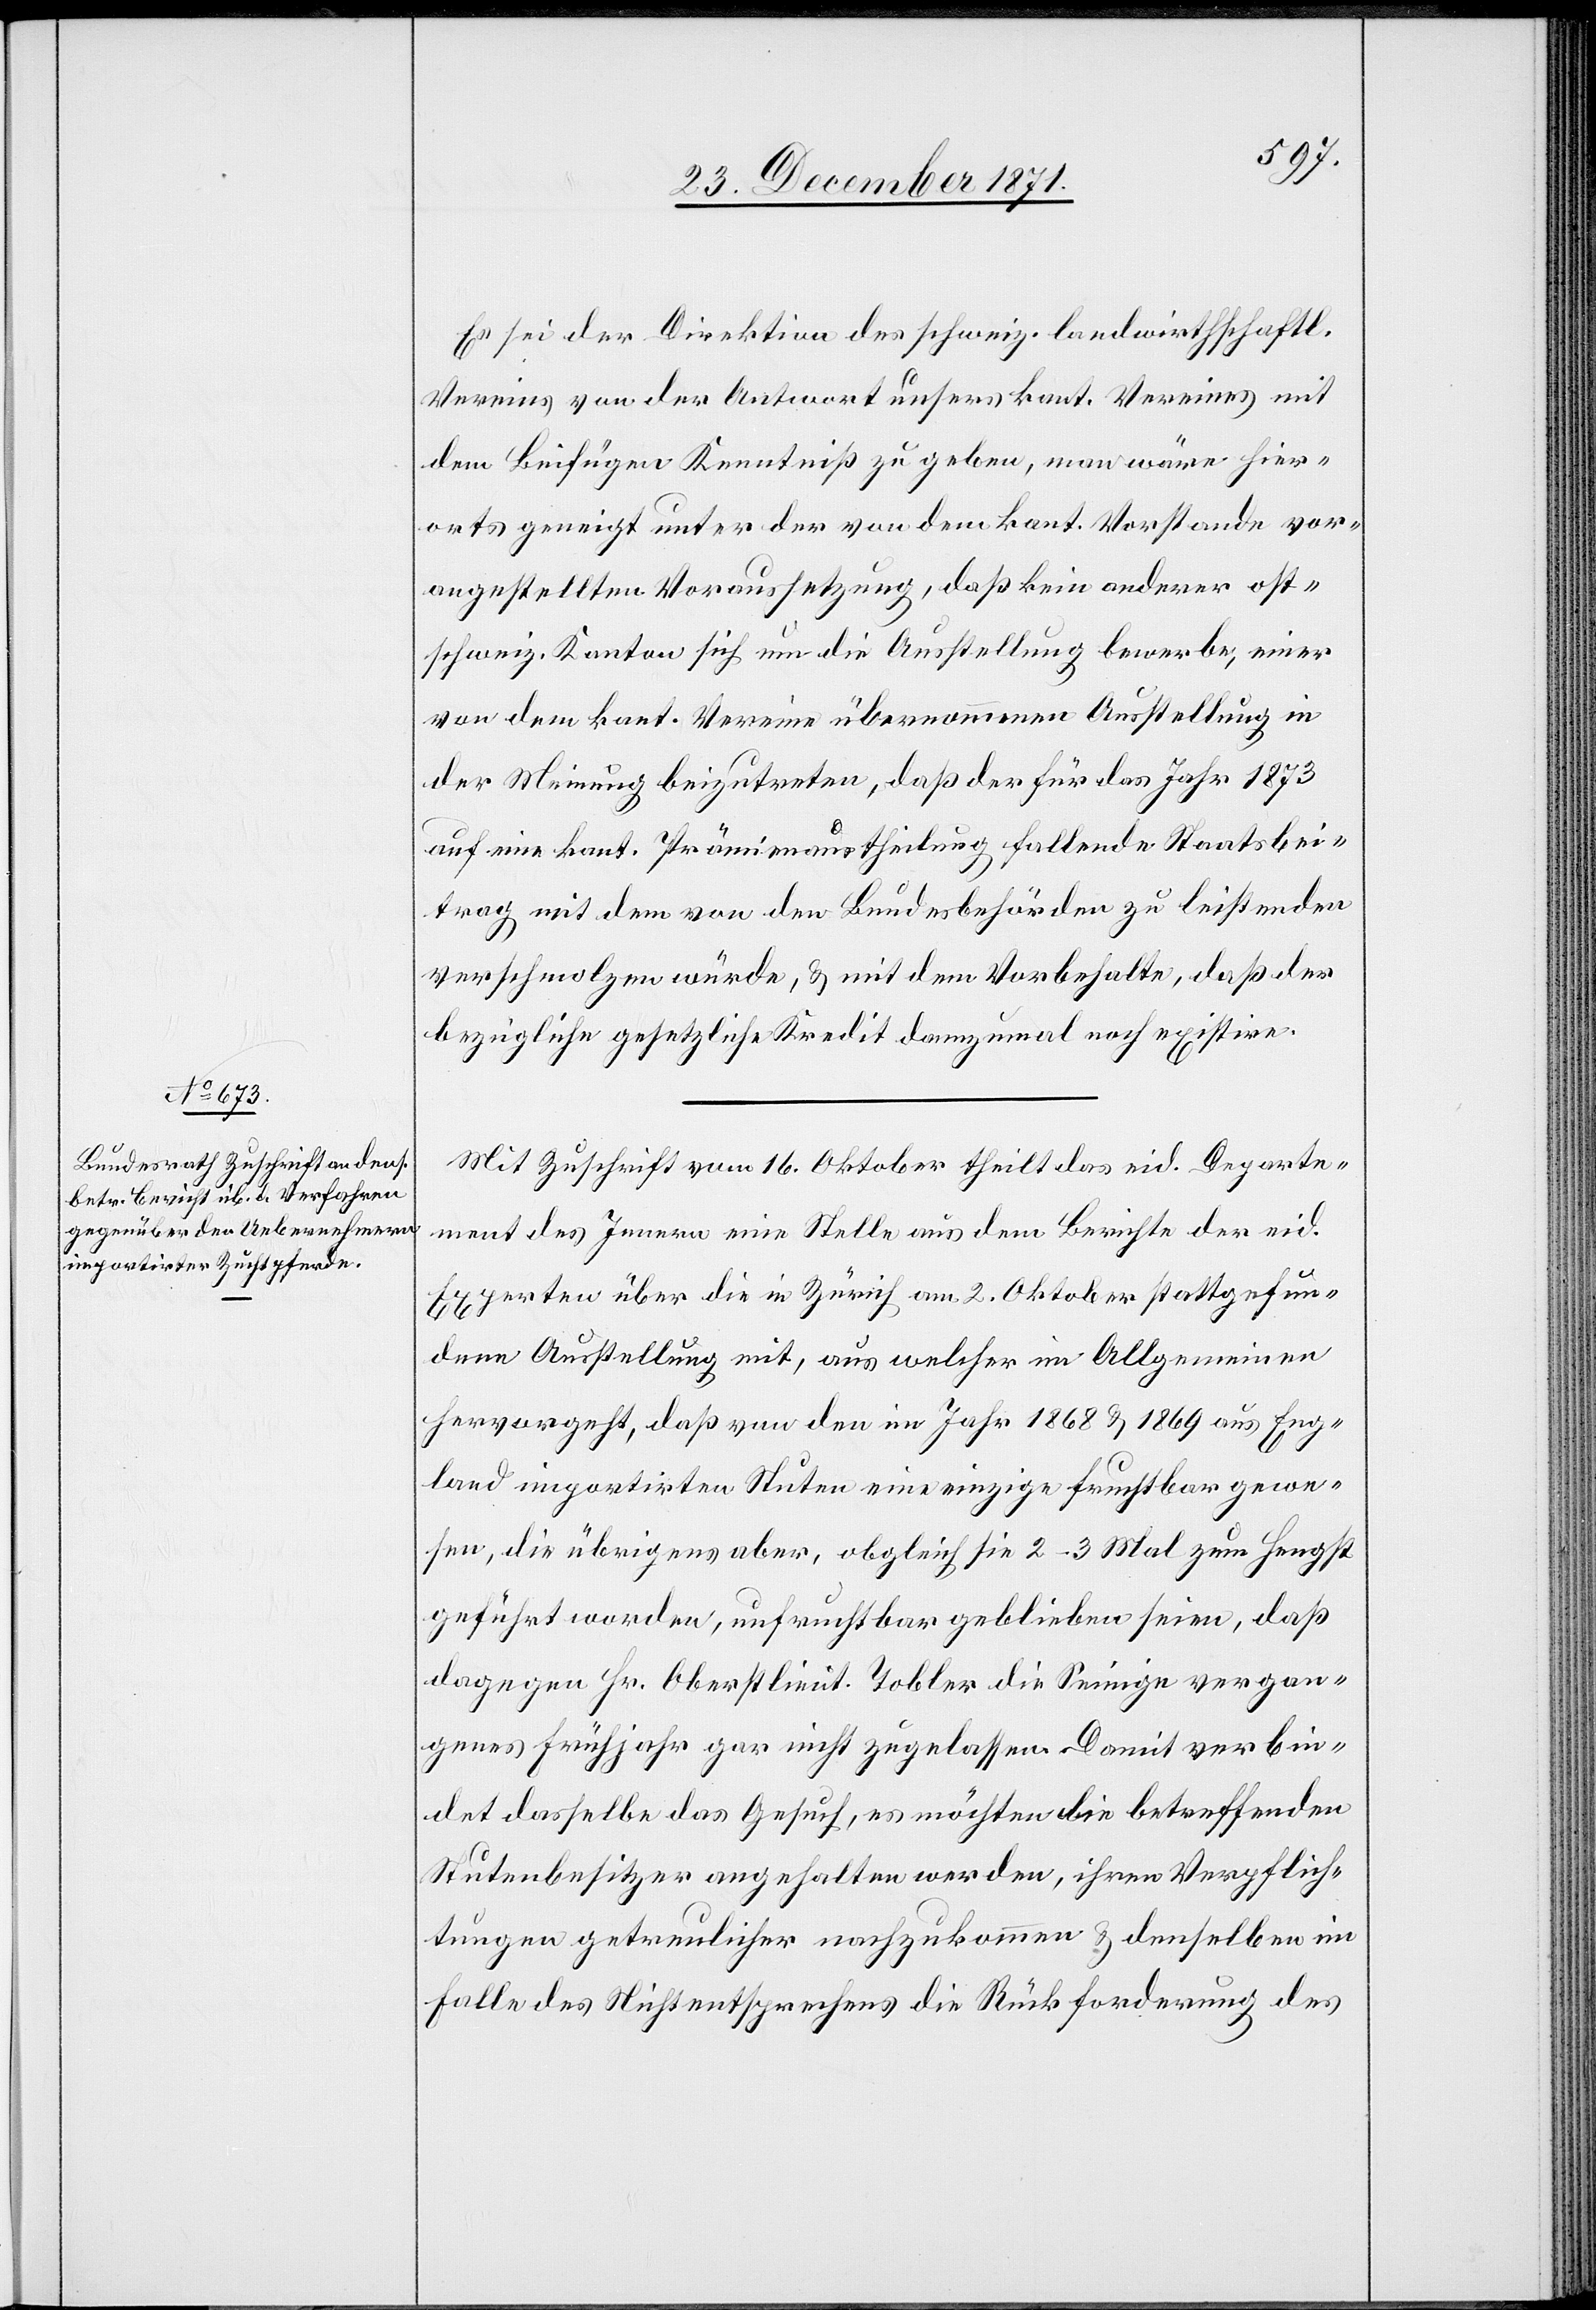
Es sei der Direktion des schweiz. landwirthschaftli.
Vereins von der Antwort unseres kant. Vereins mit
dem Beifügen Kenntniß zu geben, man wäre hier¬
orts geneigt unter der von dem kant. Vorstande vor¬
angestellten Voraussetzung, daß kein anderer ost¬
schweiz. Kanton sich um die Ausstellung bewerbe, einer
von dem kant. Vereine übernommene Ausstellung in
der Meinung beizutreten, daß der für das Jahr 1873
auf eine kant. Prämienaustheilung fallende Staatsbei¬
trag mit dem von den Bundesbehörden zu leistenden
verschmolzen würde, & mit dem Vorbehalte, daß der
bezügliche gesetzliche Kredit dannzumal noch existire.
Mit Zuschrift vom 16. Oktober theilt das eid. Departe¬
ment des Innern eine Stelle aus dem Berichte der eid.
Experten über die in Zürich am 2. Oktober stattgefun¬
denen Ausstellung mit, aus welcher im Allgemeinen
hervorgeht, daß von den im Jahr 1868 & 1869 aus Eng¬
land importirten Stuten eine einzige fruchtbar gewe¬
sen, die übrigen aber, obgleich sie 2–3 Mal zum Hengst
geführt worden, unfruchtbar geblieben seien, daß
dagegen Hr. Oberstlieut. Tobler die Seinige vergan¬
genes Frühjahr gar nicht zugelassen. Damit verbin¬
det dasselbe das Gesuch, es möchten die betreffenden
Stutenbesitzer angehalten werden, ihren Verpflich¬
tungen getreulicher nachzukommen & denselben im
Falle des Nichtentsprechens die Rückforderung des